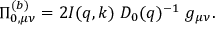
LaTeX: \Pi _ { 0 , \mu \nu } ^ { ( b ) } = 2 I ( q , k ) \ D _ { 0 } ( q ) ^ { - 1 } \ g _ { \mu \nu } .